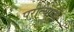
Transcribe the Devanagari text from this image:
परीत्यागी